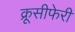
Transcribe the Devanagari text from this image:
क्रूसीफेरी